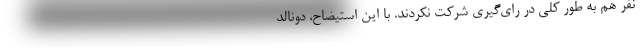
نفر هم به طور کلی در رای‌گیری شرکت نکردند. با این استیضاح، دونالد